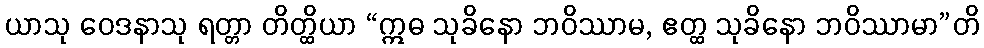
ယာသု ဝေဒနာသု ရတ္တာ တိတ္ထိယာ “ဣဓ သုခိနော ဘဝိဿာမ, ဧတ္ထ သုခိနော ဘဝိဿာမာ”တိ